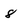
Character: 8